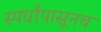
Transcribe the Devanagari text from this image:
स्पर्धांपासूनच